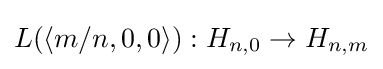
L(\langle m/n,0,0\rangle ):H_{n,0}\to H_{n,m}